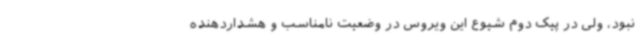
نبود، ولی در پیک دوم شیوع این ویروس در وضعیت نامناسب و هشداردهنده